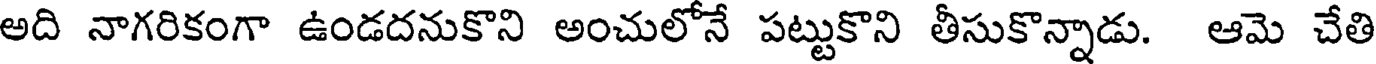
అది నాగరికంగా ఉండదనుకొని అంచులోనే పట్టుకొని తీసుకొన్నాడు. ఆమె చేతి